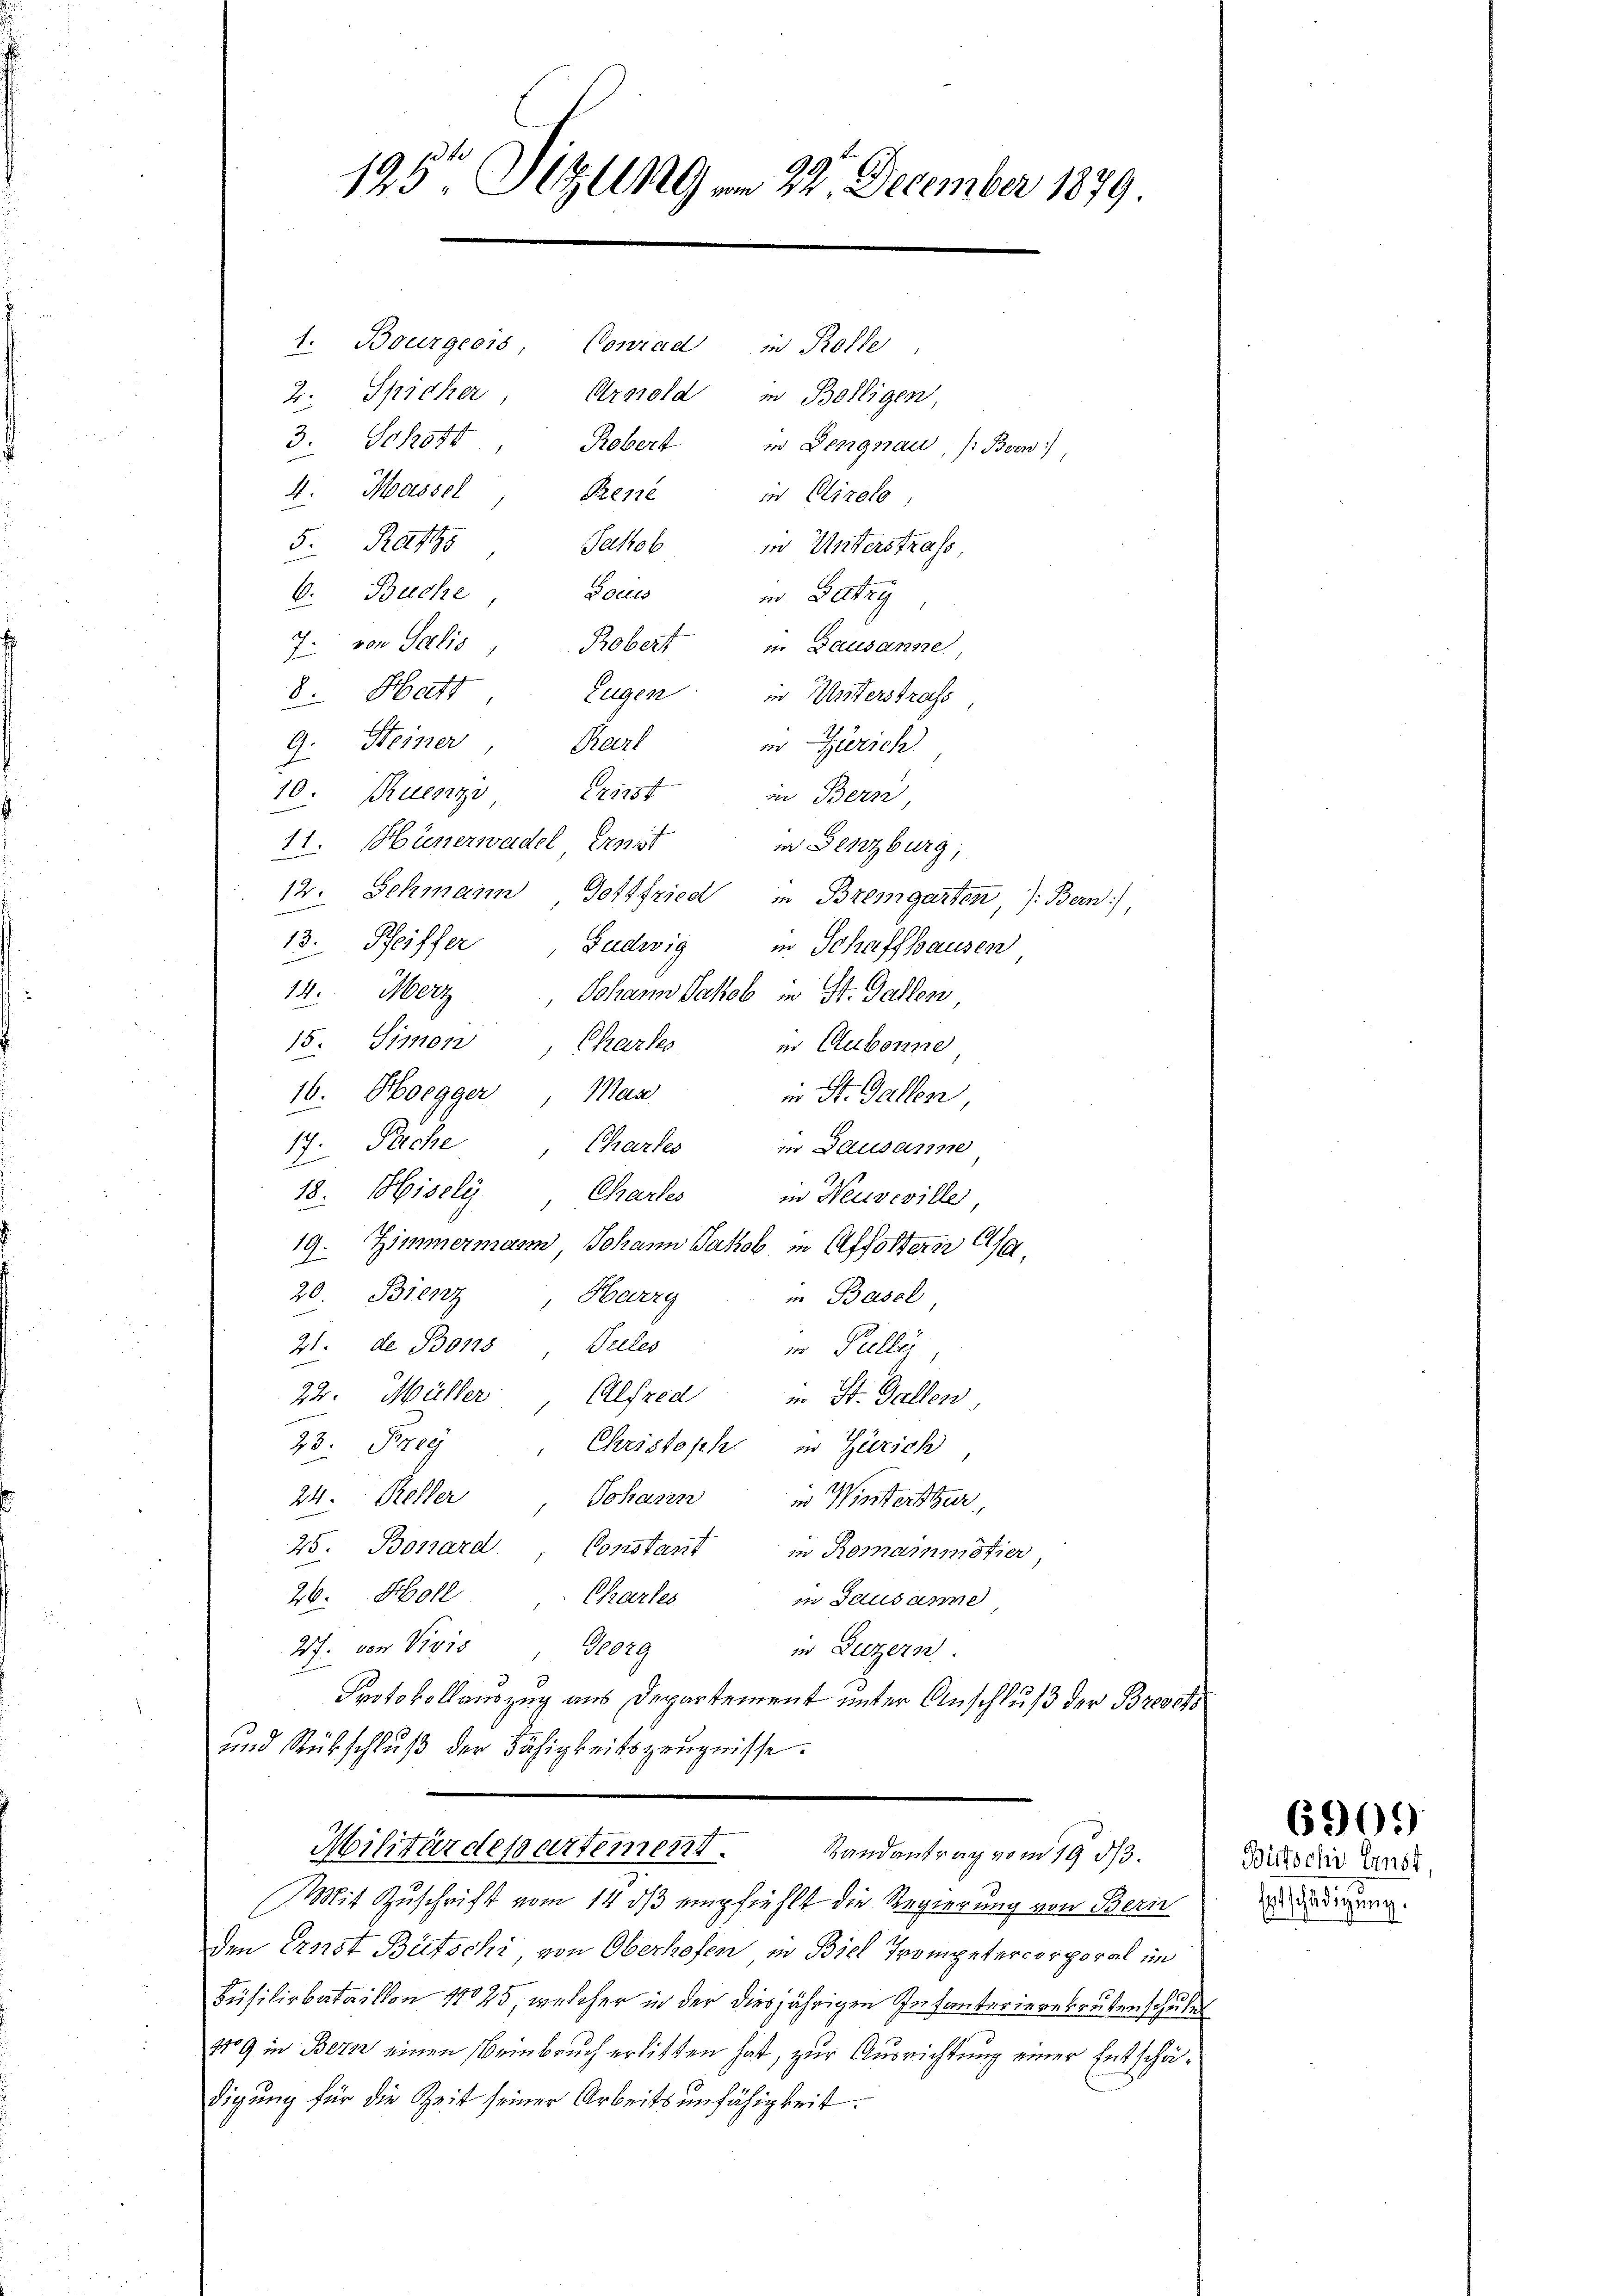
195te Sitzung am 22. December 1879
1. Bourgeois,
Conrad in Kolle,
2. Spicher,
Urmeld
in Bolligen
3. Schoff
Robert in Lengnau, /: Bern,
4. Massel
Prene in Clinato

5. Rath Jakob
in Unterstrafs
Boel
b. Buche
in Lettry
von Salis
Robert in Lausanne
7.
8. Hatt
Eugen in Mitterstrass
Steiner
in Zürich
Karl
10. Ruenz 142254
an Bern
11. Hünerwadel Ernst
in Genzburg;
12. Schmann Gottfried in Bremgarten, s. Bern),
13. Seiffer
Gudwig in Schaffhausen
14. Merz
Johann Jakob in St. Gallen
15. Simon
Charles
i. Aubonne
16. Boegger, Mas
in St. Gallen,
14.
Sache, Chartes in Lausanne
ennen
18. Misely
Chartes
in Neuveville
19.
Zimmermann Johann Jakob, in Affoltern Char
.
20. Bienz
Burg
in Basel
21. d. Bons
Valles
in Pilli
22. Müller Alfred u. St. Gallen
23. Frey
Christoph in Zürich
24. Keller Johann in Winterthur,
25. Bonard., Constant in Romainmötier
26. Holl, Charles
in Lausanne
27. von Pixis, Georg
in Luzern
Protokollauszug aus Departement unter Anschluß der Bresch
und Stübschlŭβ der Fähigkeitszeŭgnisse.
Militärdepartement. Randantrag vom 19. dβ.
(Mit Zuschrift vom 14. dβ empfiehlt die Regierung von Bern
den Ernst Bütschi von Oberhofen in Biel Trompetercorporal im
Büsilirbataillon 1725, welcher in der diesjährigen Infanterierekrutenschule
119 in Bern einen Beinbruch erlitten hat, zur Ausrichtung einer Entschädigŭng für die Zeit seiner Arbeitsunfähigkeit.

6909

Bütschi Ernst
Entschädigung.